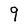
Character: 9